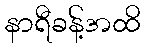
နာရီခန့်အထိ